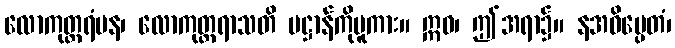
လောကုတ္တရံပန၊ လောကုတ္တရာသတိ ပဋ္ဌာန်ကိုမူကား။ ဣဓ၊ ဤအရာ၌။ နအဓိပ္ပေတံ၊